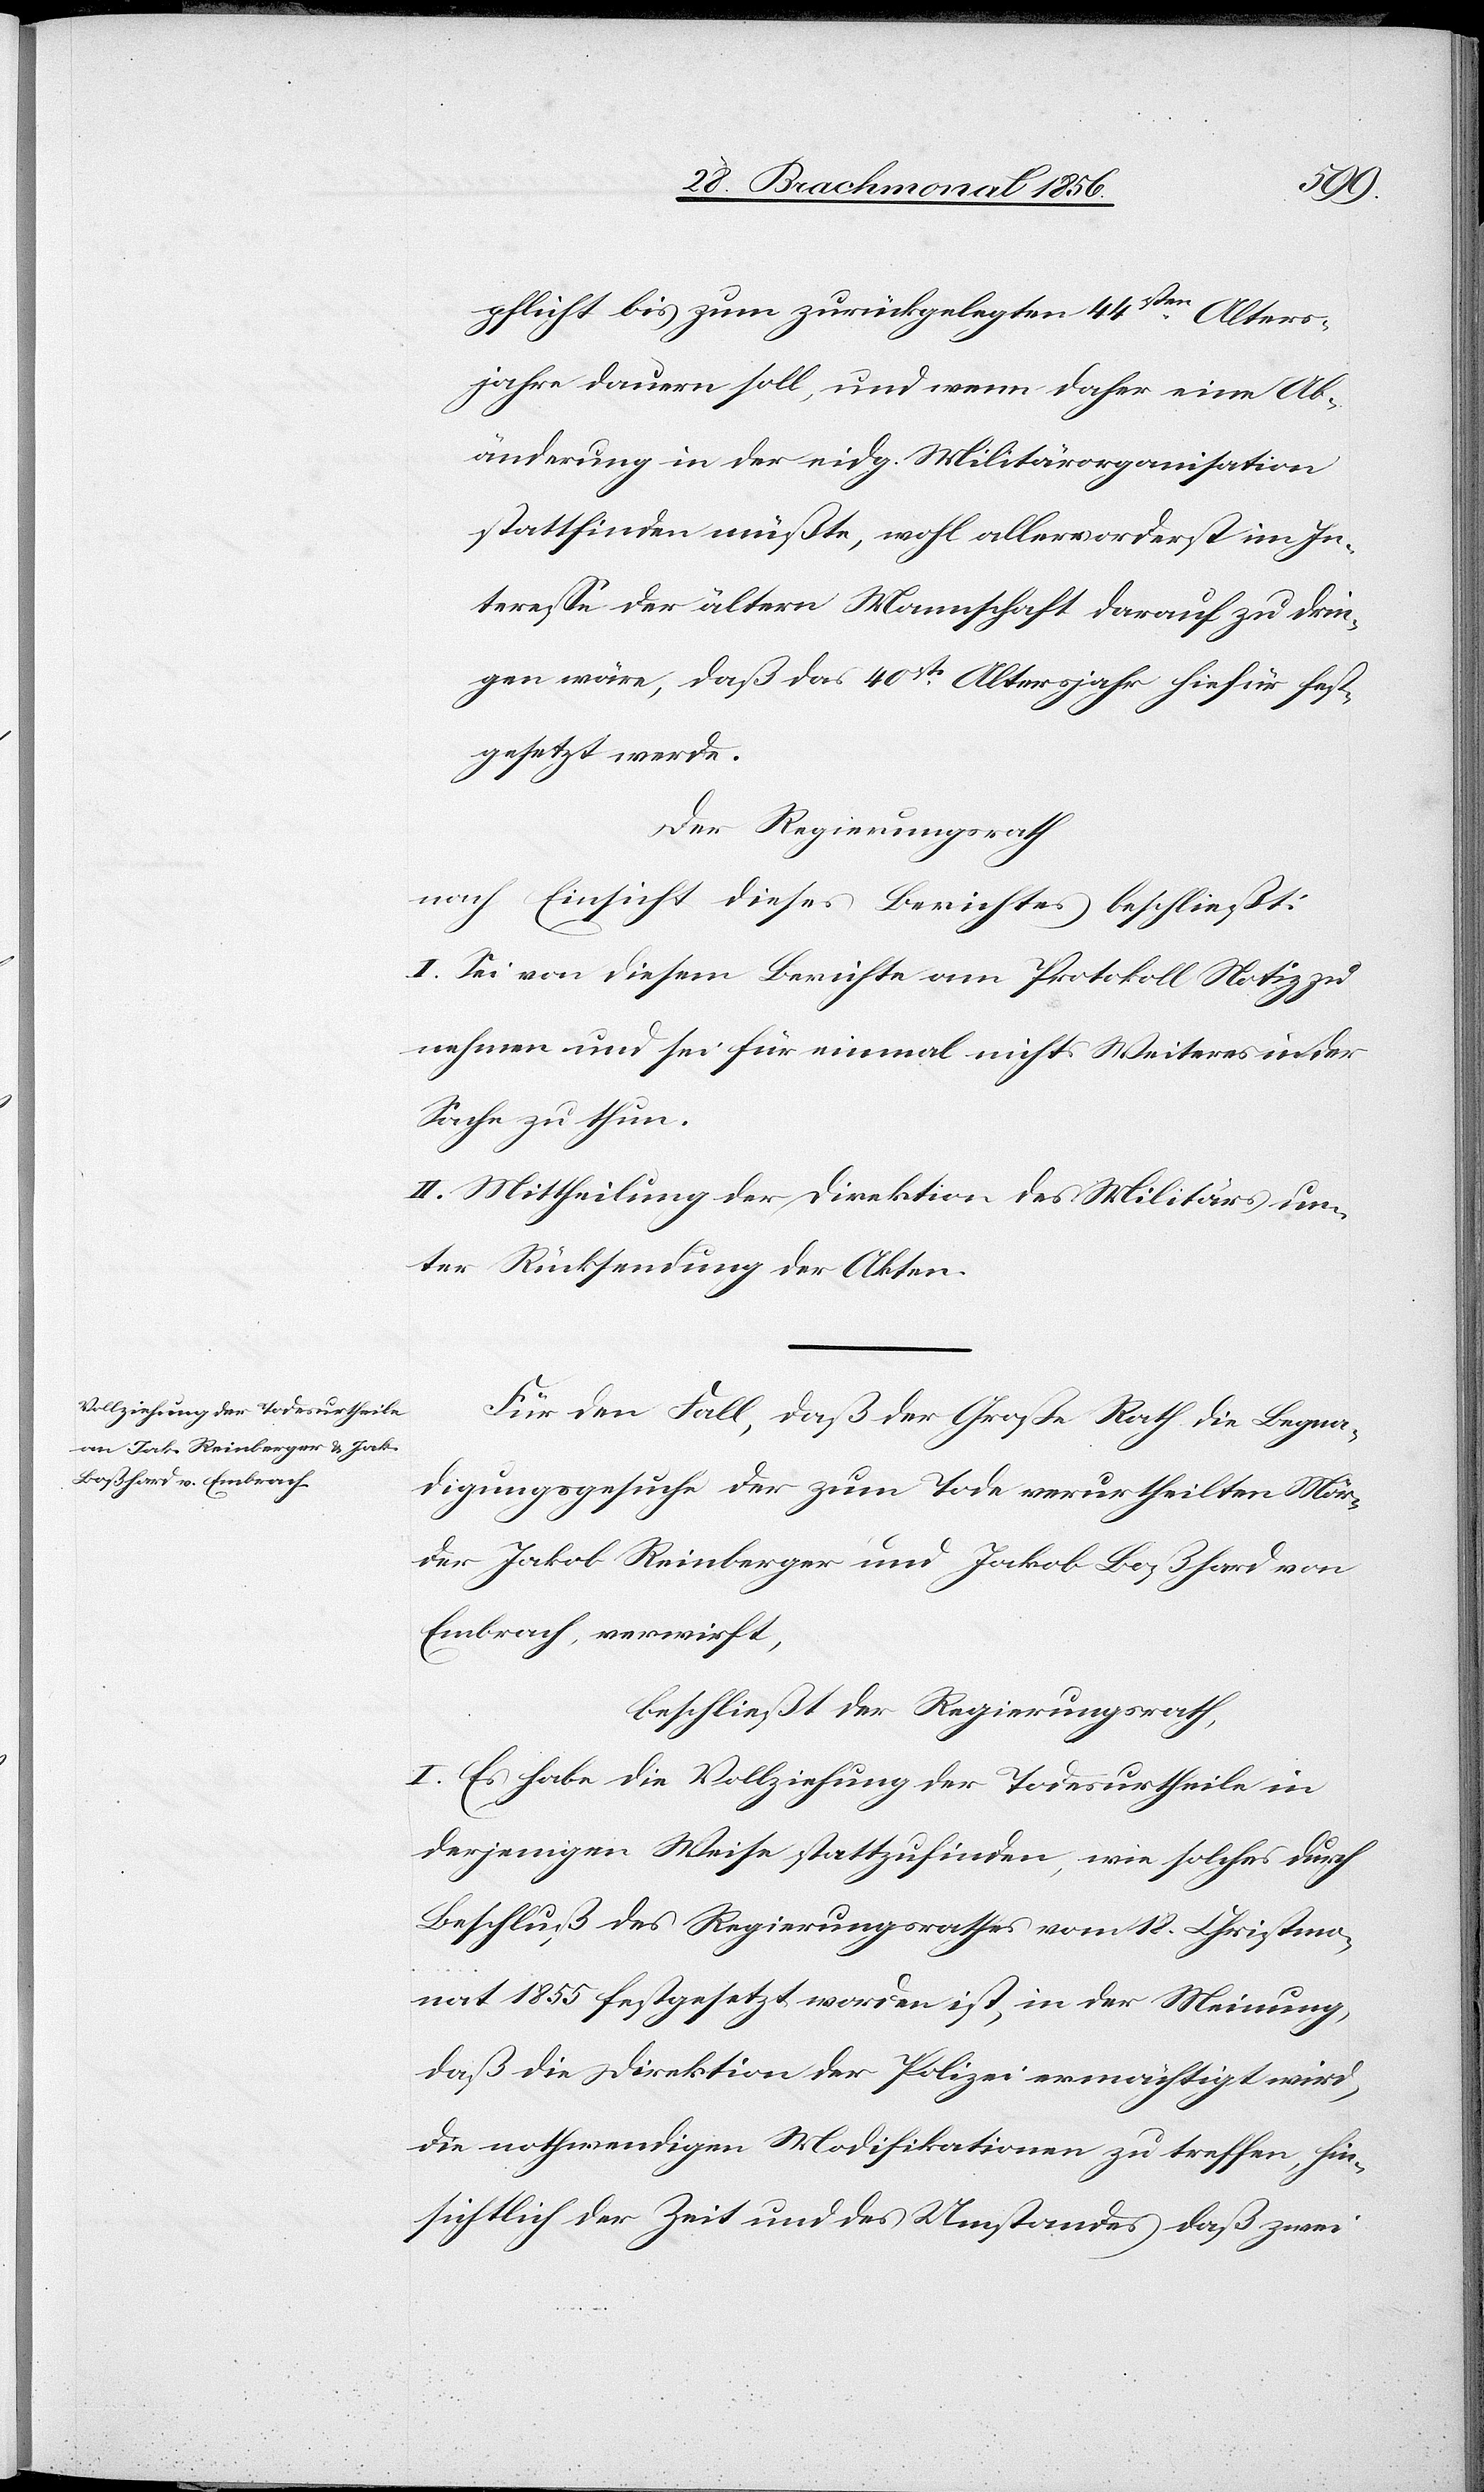
pflicht bis zum zurückgelegten 44sten Alter¬
jahre dauern soll, und wenn daher eine Ab¬
änderung in der eidg. Militärorganisation
stattfinden müßte, wohl allervorderst im In¬
teresse der ältern Mannschaft darauf zu drin¬
gen wäre, daß das 40ste Altersjahr hiefür fest¬
gesetzt werde.
Der Regierungsrath
nach Einsicht dieses Berichtes beschließt:
I. Sei von diesem Berichte am Protokoll Notiz zu
nehmen und sei für einmal nichts Weiteres in der
Sache zu thun.
II. Mittheilung der Direktion des Militärs un¬
ter Rücksendung der Akten.
Für den Fall, daß der Große Rath die Begna¬
digungsgesuche der zum Tode verurtheilten Mör¬
der Jakob Reinberger und Jakob Boßhard von
Embrach, verwirft,
beschließt der Regierungsrath,
I. Es habe die Vollziehung der Todesurtheile in
derjenigen Weise stattzufinden, wie solches durch
Beschluß des Regierungsrathes vom 18. Christmo¬
nat 1855 festgesetzt worden ist, in der Meinung,
daß die Direktion der Polizei ermächtigt wird,
die nothwendigen Modifikationen zu treffen, hin¬
sichtlich der Zeit und des Umstandes, daß zwei